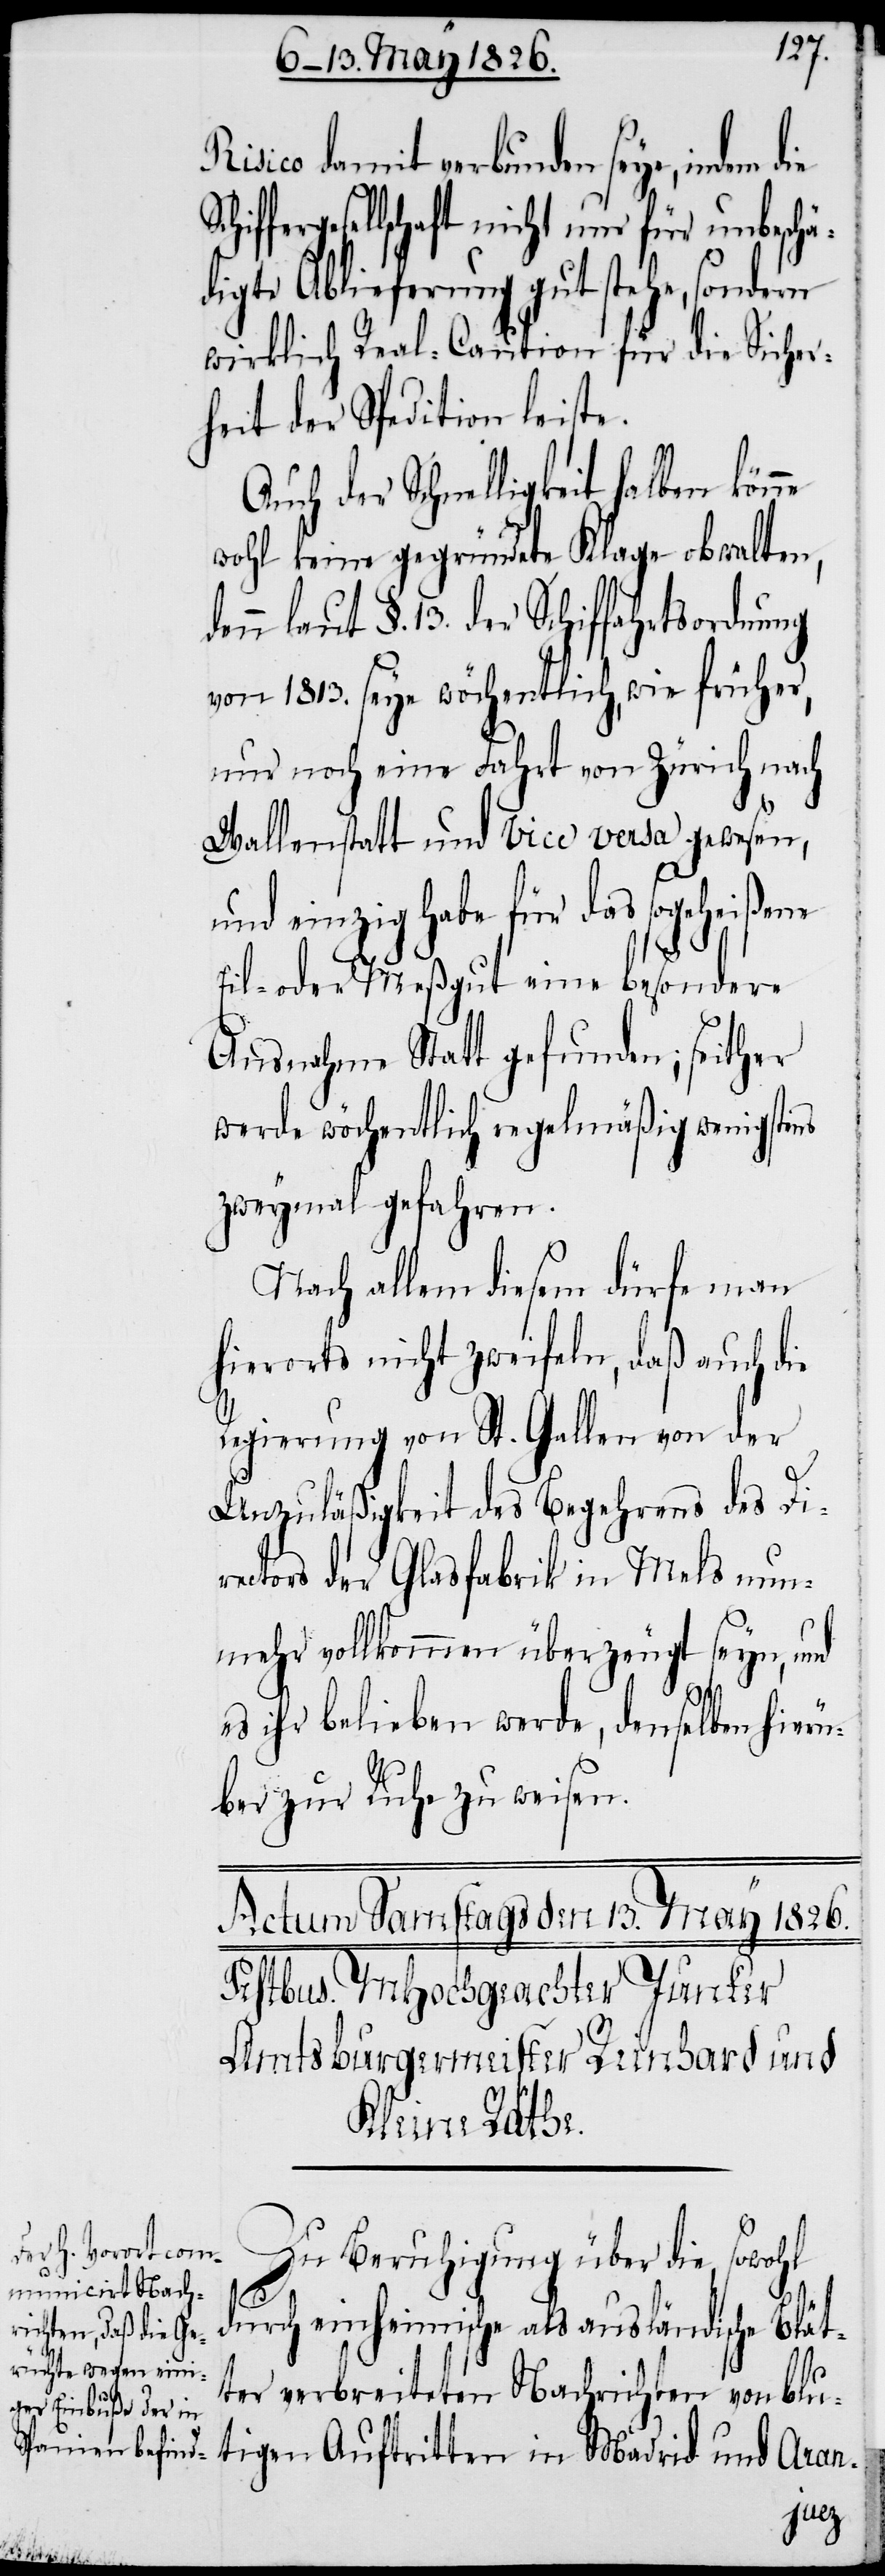
Risico damit verbunden seye, indem
iffergesllschaft nicht nur für unbeschä¬
digte Ablieferung gut stehe, sondern
wirklich Real-Caution für die Sicher¬
heit der Spedition leiste.
Auch der Schnelligkeit halben
wohl keine gegründete Klage obwalten,
denn laut §. 13. der Schiffahrtsordnung
von 1813. seye wöchentlich, wie früher,
nur noch eine Fahrt von Zürich nach
Wallenstatt und Vice versa gewesen,
und einzig habe für das sogeheißene
Eil- oder Meßgut eine besondere
Ausnahme Statt gefunden; seither
werde wöchentlich regelmäßig wenigstens
zweymal gefahren.
Nach allem diesem dürfe man
hierorts nicht zweifeln, daß auch die
Regierung von St. Gallen von der
Unzuläßigkeit des Begehrens des Di¬
rectors der Glasfabrik in Mels nun¬
mehr vollkommen überzeugt seyn, und
es ihr belieben werde, denselben hierü¬
ber zur Ruhe zu weise¬
die Sch¬
Zu Beruhigung über die, sowohl
durch einheimische als ausländische Blät¬
ter verbreiteten Nachrichten von blu¬
tigen Auftritten in Madrid und Aran-
n.[”]